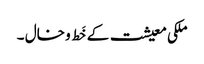
ملکی معیشت کے خَط و خال ۔